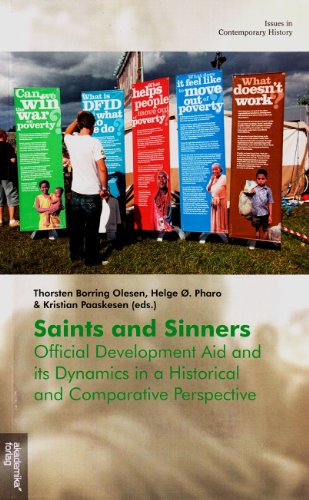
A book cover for Saints and Sinners: Official Development Aid and Its Dynamics in a Historical and Comparative Perspective (Issues in Contemporary History); Business & Money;